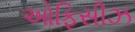
ઓફિસીઝ